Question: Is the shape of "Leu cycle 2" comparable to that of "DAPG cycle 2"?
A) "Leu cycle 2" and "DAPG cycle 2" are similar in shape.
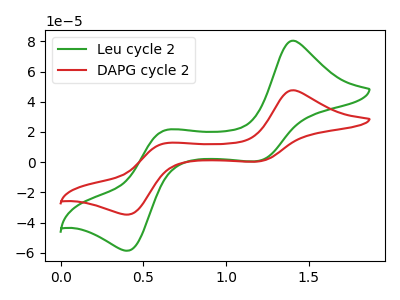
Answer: <think>The green curve "Leu cycle 2" has anodic peaks at (1.40V, 80.45uA) (0.65V, 21.15uA) and cathodic peaks at (1.20V, 0.80uA) (0.40V, -58.65uA). The red curve "DAPG cycle 2" has anodic peaks at (1.40V, 47.65uA) (0.65V, 12.50uA) and cathodic peaks at (1.20V, 0.50uA) (0.40V, -34.75uA).
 All the peaks in "Leu cycle 2" have a peak in "DAPG cycle 2" at the same potential.</think>
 <answer>A) "Leu cycle 2" and "DAPG cycle 2" are similar in shape.</answer>
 <eval>A</eval>